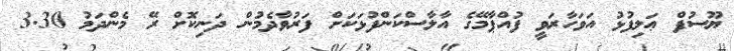
ޔޫސުފް ޢަލިފުޅު އަވަހާރަވީ ފުއްޕާމޭގެ އާލާސްކަންފުޅަކަށް ފަރުވާދެމުން ދަނިކޮށް ރޭ މެންދަމު 3.30